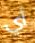
أي